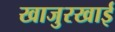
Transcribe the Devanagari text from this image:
खाजुरखाई